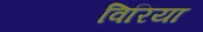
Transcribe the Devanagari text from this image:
विरिया